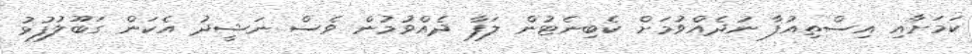
ކަމަށާއި އިސްތިއުފާ ނުދެއްވުމަށް ކެބިނެޓުން ލަފާ ދެއްވުމުން ވެސް ނަޝީދު އެކަން ގަބޫލުފުޅު